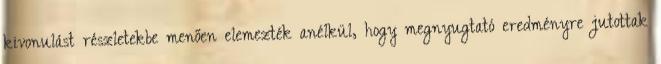
kivonulást részletekbe menően elemezték anélkül, hogy megnyugtató eredményre jutottak